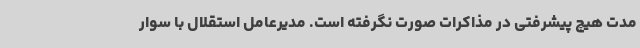
مدت هیچ پیشرفتی در مذاکرات صورت نگرفته است. مدیرعامل استقلال با سوار